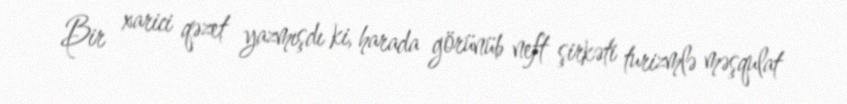
Bir xarici qəzet yazmışdı ki, harada görünüb neft şirkəti turizmlə məşqulat